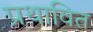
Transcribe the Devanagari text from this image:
प्रथावित